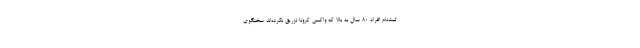
ثبت‌نام افراد ۸۰ سال به بالا که واکسن کرونا تزریق نکرده‌اند سخنگوی